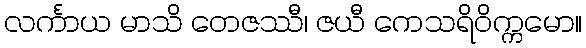
လင်္ကာယ မာသိ တေဇဿီ၊ ဇယီ ကေသရိဝိက္ကမော။